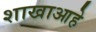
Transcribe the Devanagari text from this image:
शाखाआहे